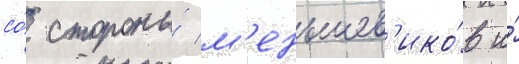
со́ стороны́ м'еньшев'ико́в и́